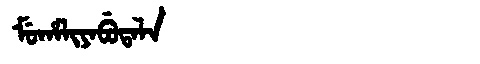
Manchu: ᠮᡠᡥᠠᠯᡳᠶᠠᠪᡠᡨᠠᠯᠠ
Romanization: MUHALIYABUTALA